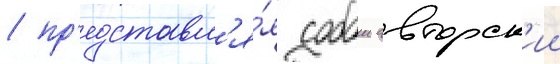
/ пр'едставл'я́я собои авторск'ии